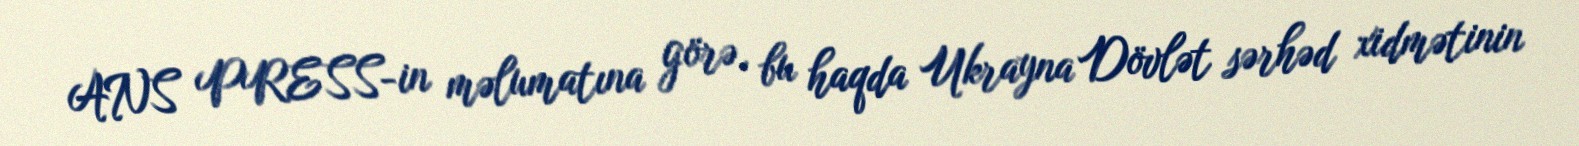
ANS PRESS-in məlumatına görə, bu haqda Ukrayna Dövlət sərhəd xidmətinin